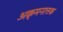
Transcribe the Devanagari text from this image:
अक्र्मनात्तक